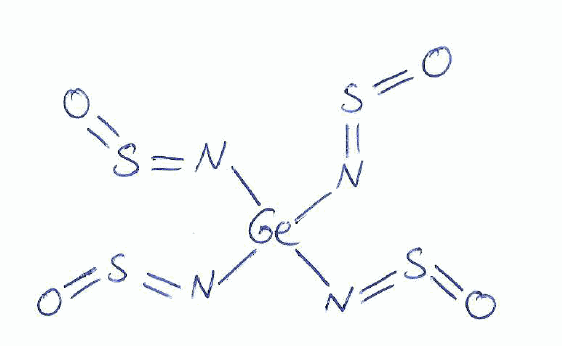
Simplified molecular-input line-entry system (SMILES) notation of the given molecule:
N(=S=O)[Ge](N=S=O)(N=S=O)N=S=O